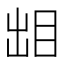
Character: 𰥜